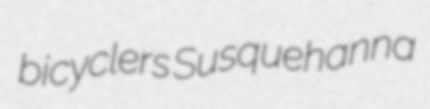
bicyclers Susquehanna